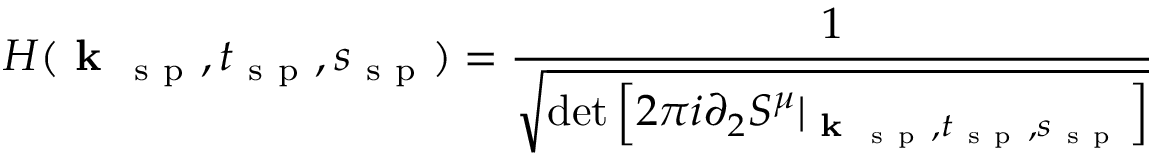
H ( \textbf { k } _ { \mathrm { ~ s ~ p ~ } } , t _ { \mathrm { ~ s ~ p ~ } } , s _ { \mathrm { ~ s ~ p ~ } } ) = \frac { 1 } { \sqrt { \operatorname* { d e t } \left[ 2 \pi i \partial _ { 2 } S ^ { \mu } | _ { \textbf { k } _ { \mathrm { ~ s ~ p ~ } } , t _ { \mathrm { ~ s ~ p ~ } } , s _ { \mathrm { ~ s ~ p ~ } } } \right] } }